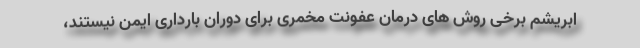
ابریشم برخی روش های درمان عفونت مخمری برای دوران بارداری ایمن نیستند،